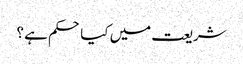
شریعت میں کیا حکم ہے ؟